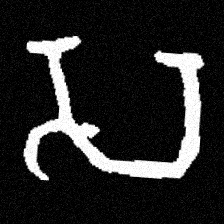
Pyu character \u2014 Myanmar letter: သ (romanized: sa)